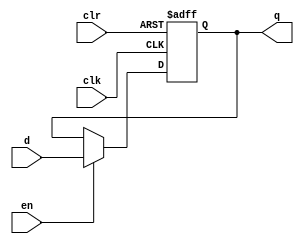
module dffe_ref (q, d, clk, en, clr);

    //Inputs
    input d, clk, en, clr;

    //Internal wire
    wire clr;

    //Output
    output q;
    
    //Register
    reg q;

    //Intialize q to 0
    initial
    begin
        q = 1'b0;
    end

    //Set value of q on positive edge of the clock or clear
    always @(posedge clk or posedge clr) begin
        //If clear is high, set q to 0
        if (clr) begin
            q <= 1'b0;
        //If enable is high, set q to the value of d
        end else if (en) begin
            q <= d;
        end
    end
endmodule

module dffe_init(q, d, clk, en, clr, init);
    //Inputs
    input d, clk, en, clr, init;

    //Internal wire
    wire clr;

    //Output
    output q;
    
    //Register
    reg q;

    //Intialize q to 0
    initial
    begin
        q = 1'b0;
    end

    //Set value of q on positive edge of the clock or clear
    always @(posedge clk or posedge clr) begin
        //If clear is high, set q to 0
        if (clr) begin
            q <= init;
        //If enable is high, set q to the value of d
        end else if (en) begin
            q <= d;
        end
    end
endmodule

// module tffe(q, t, clk, en, clr);
//     input t, clk, en, clr;
//     output q;

//     // t acts like another enable signal
//     wire en2, d;
//     and(en2, t, en);
//     not(d, q);
//     dffe_ref dff(.q(q), .d(d), .clk(clk), .en(en2), .clr(clr));
// endmodule